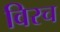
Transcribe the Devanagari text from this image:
विरच